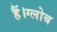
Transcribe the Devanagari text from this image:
हैं।ग्लोब